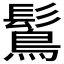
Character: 𪄒